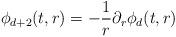
LaTeX: \begin{align*}\phi_{d+2}(t,r) = - \frac{1}{r} \partial_{r} \phi_{d}(t,r)\end{align*}